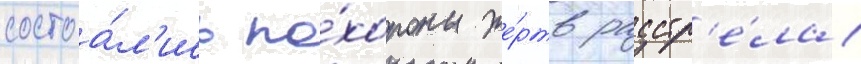
состоа́л'ись по́хороны же́ртв расстр'е́ла